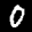
Label: 0